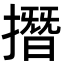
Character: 撍